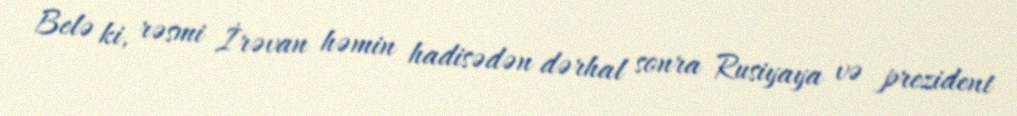
Belə ki, rəsmi İrəvan həmin hadisədən dərhal sonra Rusiyaya və prezident